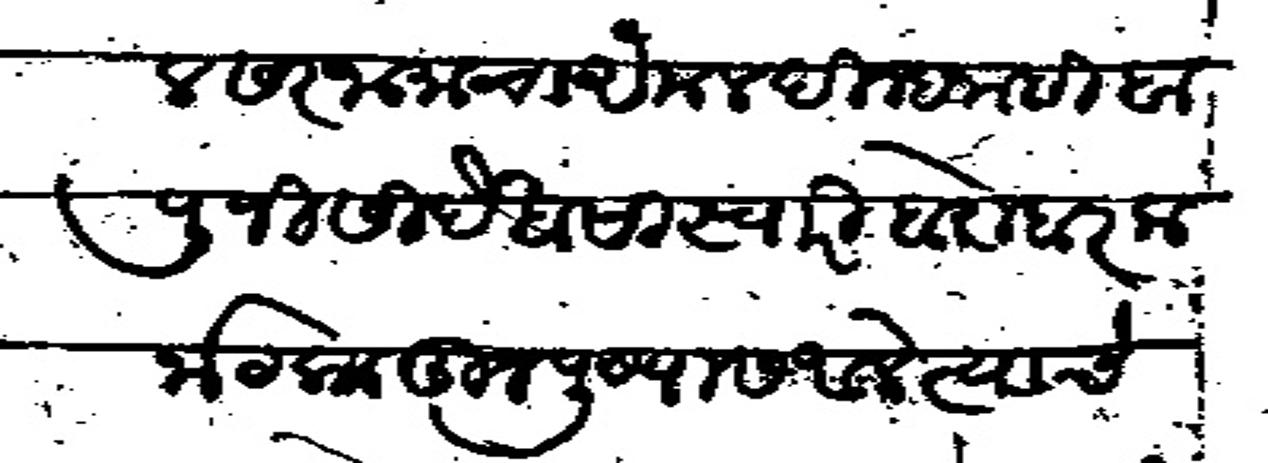
Transliteration (Devanagari): कडील सरजामाचा अमल दिल्हा नाही बापुजी सिदे खासा स्वारी बरोबर कर्नाटकातून पुण्यास आले त्याचे